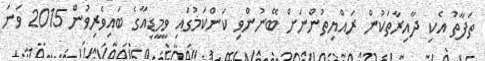
ތަފާތު އެކި ދާއިރާތަކުން ރައްޔިތުންނަށް ބޭނުންވި ކަންކަމުގައި ވީމީޑިއާގެ ބައިވެރިވުން 2015 ވަަނަ